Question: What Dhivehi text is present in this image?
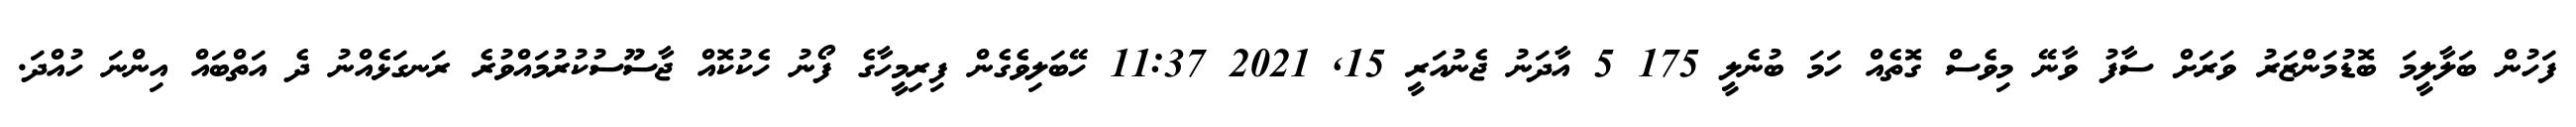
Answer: ފަހުން ބަލާލީމަ ބޮޑުމަންޒަރު ވަރަށް ސާފު ވާނޭ މިވެސް ގޮތެއް ހަމަ ބުނެލީ 175 5 އާދަނު ޖެނުއަރީ 15, 2021 11:37 ހޭބަލިވެގެން ފިރިމީހާގެ ފޯނު ހެކުކޮއް ޖާސޫސުކުރުމައްވުރެ ރަނގަޅެއްނު ދެ އަތްބައް އިންނަ ހުއްދަ.